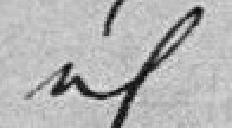
idem